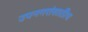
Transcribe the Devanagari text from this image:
उपनगरांसाठीच